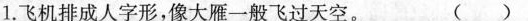
1.飞机排成人字形，像大雁一般飞过天空。 ()